Indian journal of veterinary science and animal husbandry - Volume 6,
Year: 1936
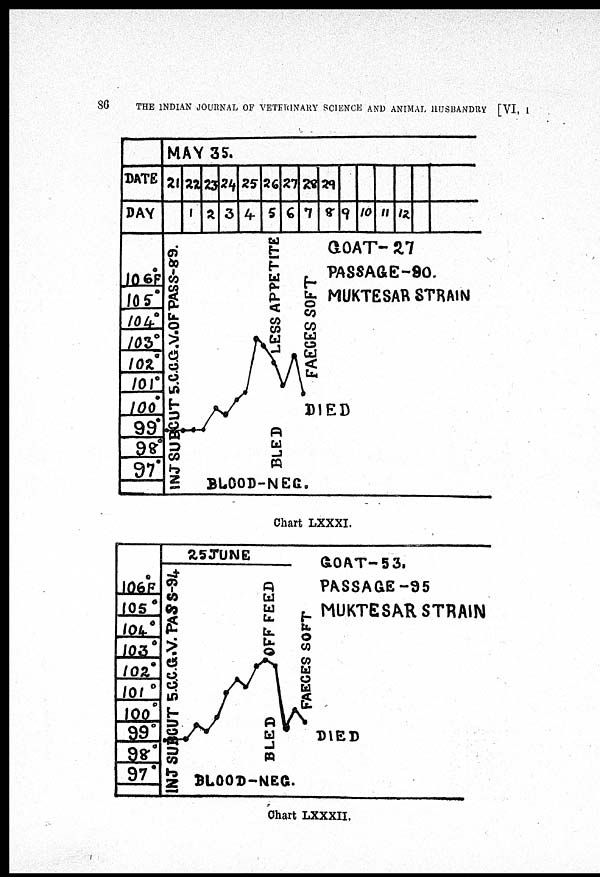
86
THE INDIAN JOURNAL OF VETERINARY SCIENCE AND ANIMAL HUSBANDRY [VI, I
Chart LXXXI.
Chart LXXXII.